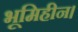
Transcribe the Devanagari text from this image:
भूमिहीन।